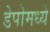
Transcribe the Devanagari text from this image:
डेपोमध्ये